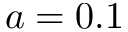
a = 0 . 1